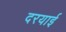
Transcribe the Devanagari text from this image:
दरयाई